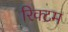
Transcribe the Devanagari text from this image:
रिक्टम